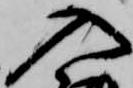
入